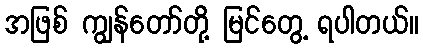
အဖြစ် ကျွန်တော်တို့ မြင်တွေ့ ရပါတယ်။